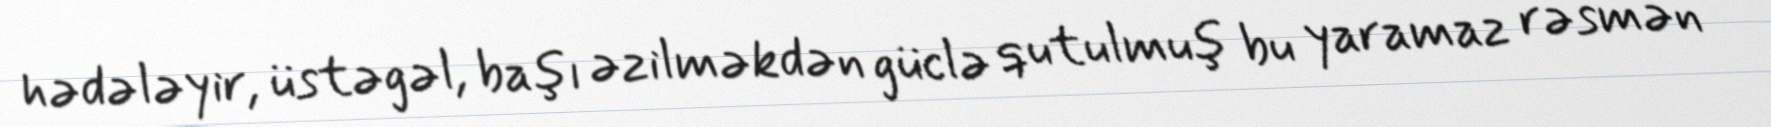
hədələyir, üstəgəl, başı əzilməkdən güclə qutulmuş bu yaramaz rəsmən